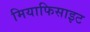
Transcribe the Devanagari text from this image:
मियाफिसाइट